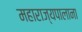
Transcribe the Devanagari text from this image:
महाराज्यपालाना